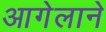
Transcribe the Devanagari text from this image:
आगेलाने